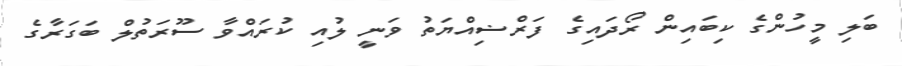
ބަލި މީހުންގެ ކިބައިން ރޯދައިގެ ފަރްޟިއްޔަތު ވަނީ ލުއި ކުރައްވާ ސޫރަތުލް ބަގަރާގެ